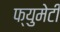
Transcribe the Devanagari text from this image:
फ्युमेटी